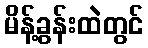
မိန့်ခွန်းထဲတွင်